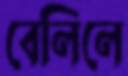
বেলিলে